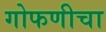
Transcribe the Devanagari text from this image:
गोफणीचा